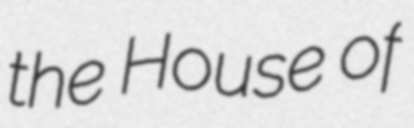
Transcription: the House of